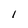
Character: l